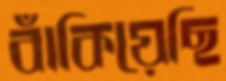
বাঁকিয়েছি